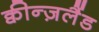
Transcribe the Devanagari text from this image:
क्वीन्ज़लैंड